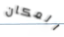
المكان